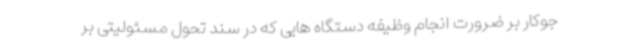
جوکار بر ضرورت انجام وظیفه دستگاه هایی که در سند تحول مسئولیتی بر